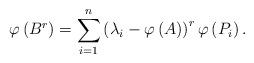
LaTeX: \begin{align*}\varphi \left( B^{r}\right) =\underset{i=1}{\overset{n}{\sum }}\left(\lambda _{i}-\varphi \left( A\right) \right) ^{r}\varphi \left( P_{i}\right). \end{align*}